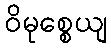
ဝိမုစ္စေယျ